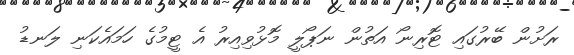
ރަށުން ބޭރުގައި ޓޮރިނޯ އަތުން ނަޕޯލީ މޮޅުވިއިރު އެ ޓީމުގެ ހަމައެކަނި ލަނޑު